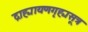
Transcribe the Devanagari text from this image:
द्राह्यायणगृह्यसूत्र